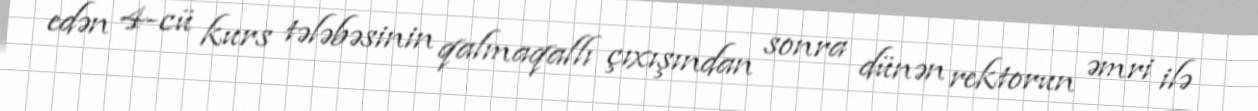
edən 4-cü kurs tələbəsinin qalmaqallı çıxışından sonra dünən rektorun əmri ilə